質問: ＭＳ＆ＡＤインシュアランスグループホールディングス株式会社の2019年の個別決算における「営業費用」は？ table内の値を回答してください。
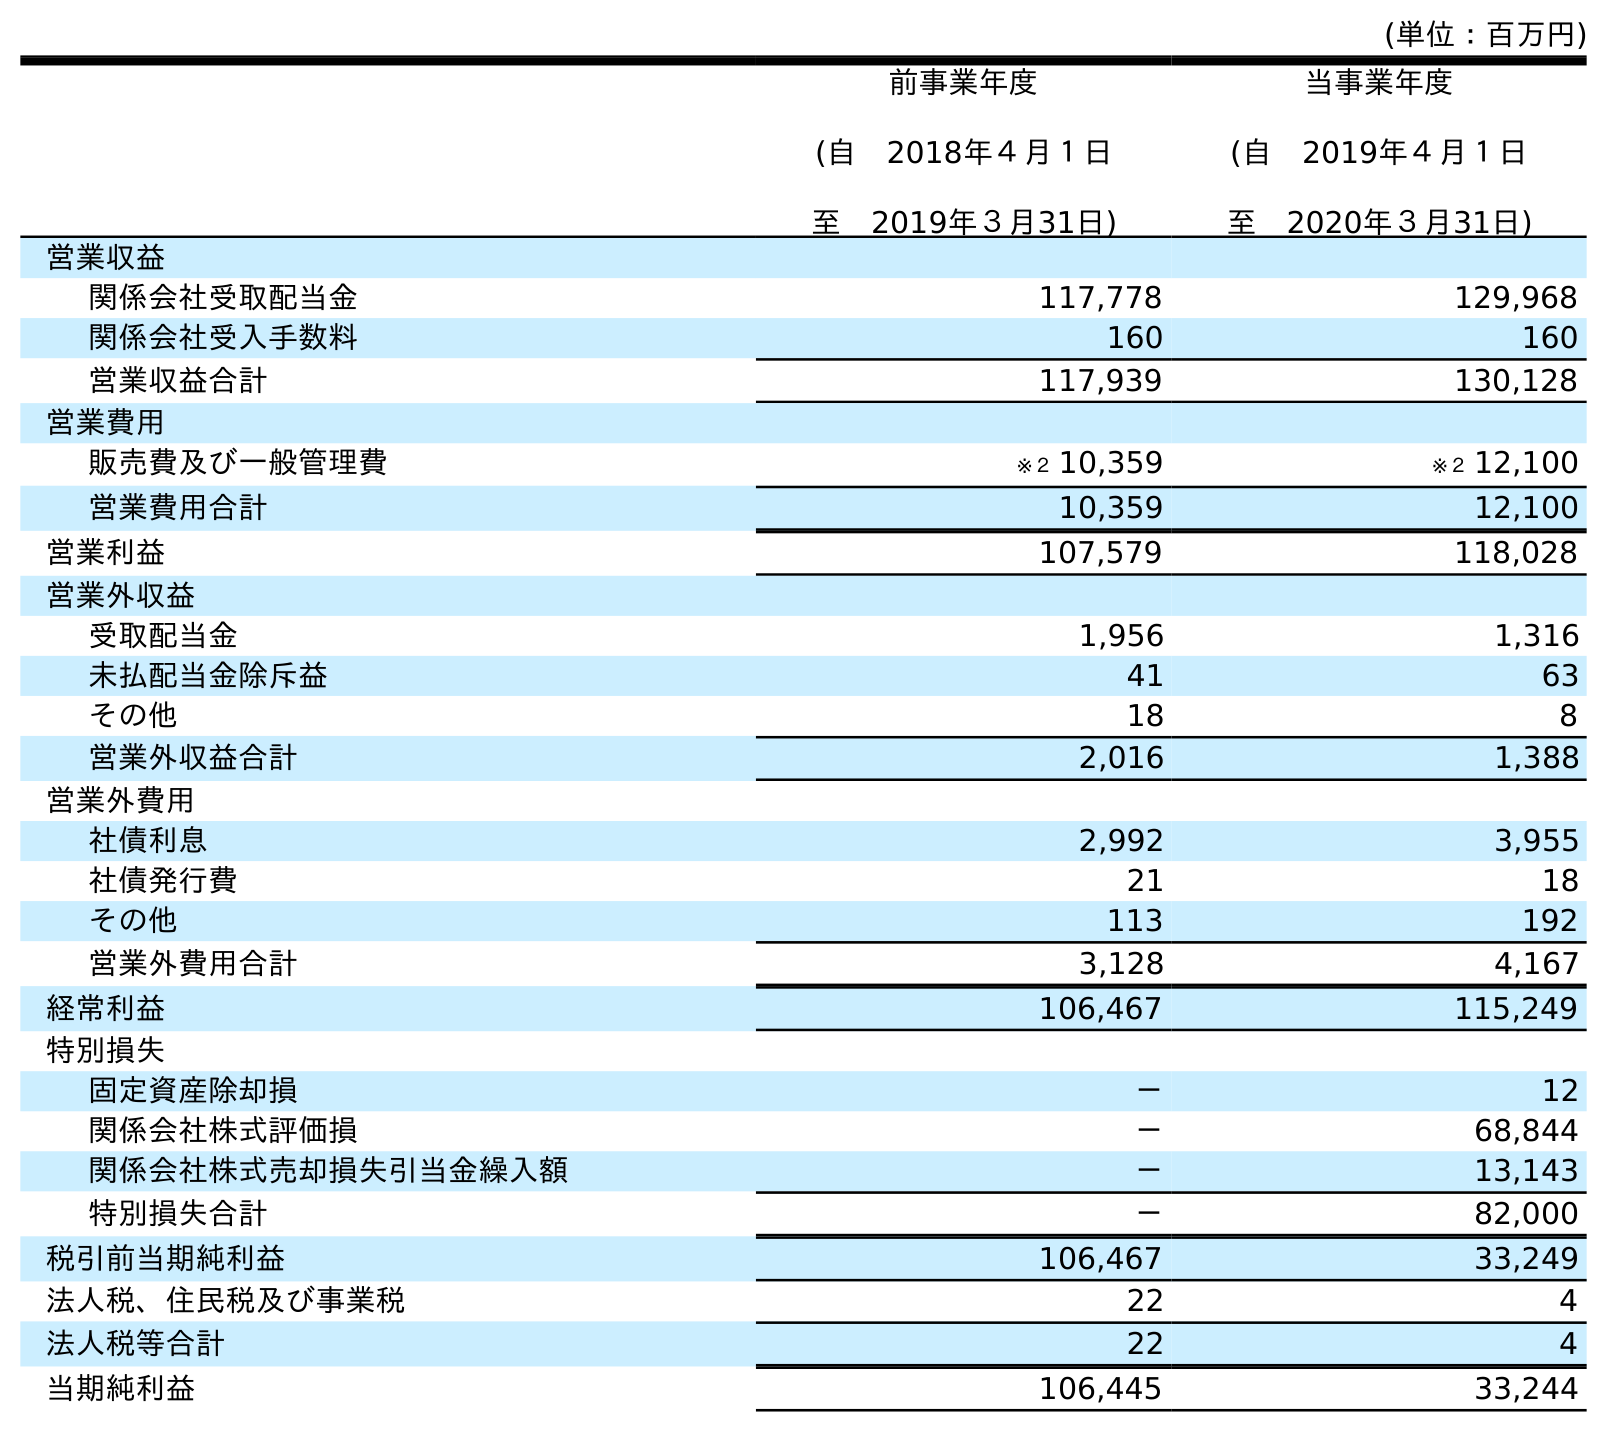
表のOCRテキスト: (単位：百万円) 前事業年度 (自 2018年４月１日 至 2019年３月31日) 当事業年度 (自 2019年４月１日 至 2020年３月31日) 営業収益 関係会社受取配当金 117,778 129,968 関係会社受入手数料 160 160 営業収益合計 117,939 130,128 営業費用 販売費及び一般管理費 ※２ 10,359 ※２ 12,100 営業費用合計 10,359 12,100 営業利益 107,579 118,028 営業外収益 受取配当金 1,956 1,316 未払配当金除斥益 41 63 その他 18 8 営業外収益合計 2,016 1,388 営業外費用 社債利息 2,992 3,955 社債発行費 21 18 その他 113 192 営業外費用合計 3,128 4,167 経常利益 106,467 115,249 特別損失 固定資産除却損 － 12 関係会社株式評価損 － 68,844 関係会社株式売却損失引当金繰入額 － 13,143 特別損失合計 － 82,000 税引前当期純利益 106,467 33,249 法人税、住民税及び事業税 22 4 法人税等合計 22 4 当期純利益 106,445 33,244
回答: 10,359